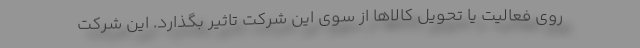
روی فعالیت یا تحویل کالاها از سوی این شرکت تاثیر بگذارد. این شرکت